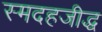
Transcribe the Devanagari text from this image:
स्मदहजीद्ध